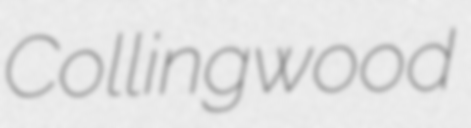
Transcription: Collingwood